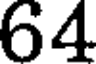
64